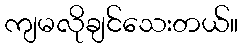
ကျမလိုချင်သေးတယ်။